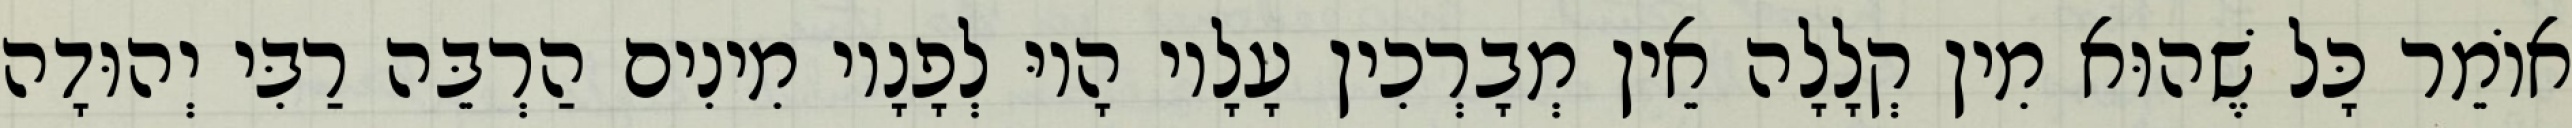
אוֹמֵר כָּל שֶׁהוּא מִין קְלָלָה אֵין מְבָרְכִין עָלָיו הָיוּ לְפָנָיו מִינִים הַרְבֵּה רַבִּי יְהוּדָה